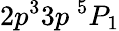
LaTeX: {2p^{3}3p~^{5}P_{1}}